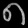
Digit: ၈